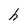
Character: h